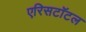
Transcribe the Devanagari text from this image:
एरिसटॉटल